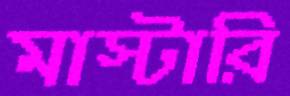
মাস্টারি